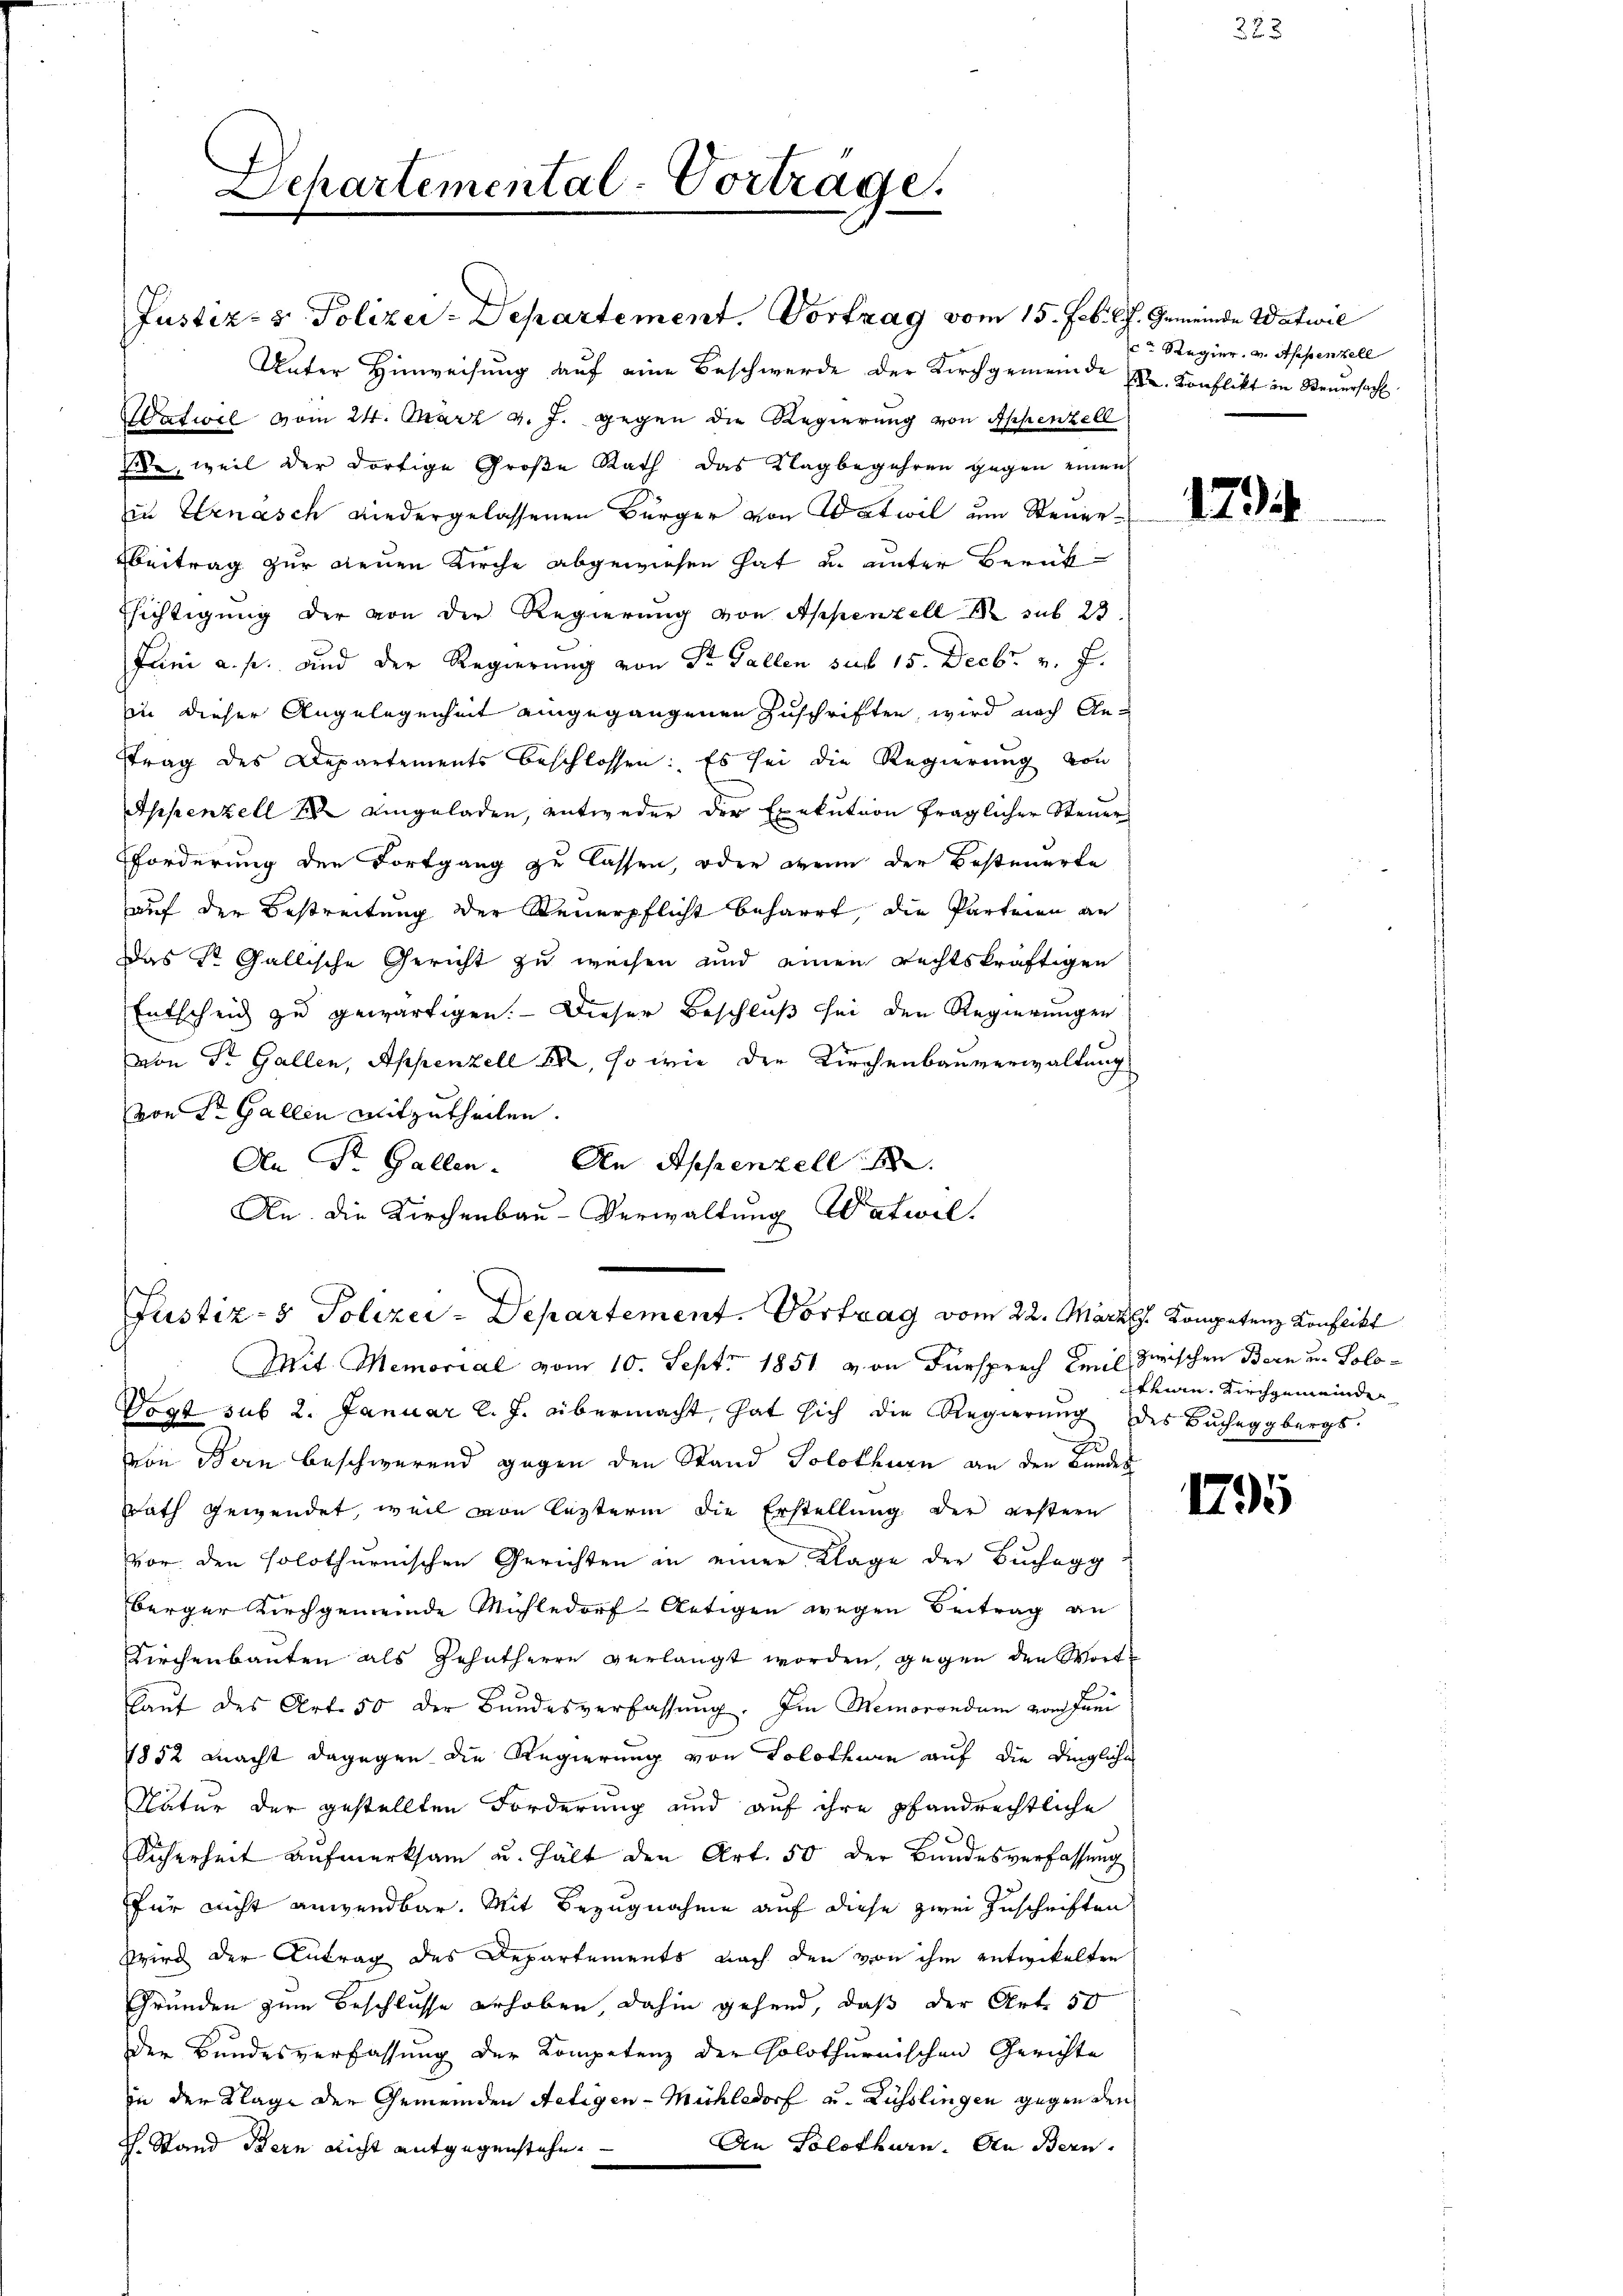
Departemental-Vorträge.

Unter Hinweisung auf eine Beschwerde der Kirchgemeinde u. Konflikt in Steuersach
Hafwil vom 24. März v. J. gegen die Regierung von Appenzell
de, weil der dortige Große Rath das Klagbegehren gegen einen
in Ernasch wiedergelassenen Bürger von Watwil um Steuer¬
Beitrag zur Neuen Kirche abgewiesen hat u. unter Berückssichtigung der von der Regierung von Appenzell M. sub 23
Juni a. p. und der Regierung von Dr. Gallen sub 15. Decbr. v. J.
in dieser Angelegenheit eingegangenen Zuschriften, wird nach An-
ttrag des Departements beschlossen: Es sei die Regierung von
Appenzell eingeladen, entweder der Exekution fraglicher Steuer
Forderung der Fortgang zu lassen, oder wenn der Besteuerte
auf den Bestreitung der Steuerpflicht beharrt, die Parteien an
Das Sr. Gallische Gericht zu weisen und einen rechtskräftigen
Entscheid zu gewärtigen. - Dieser Beschluß sei den Regierungen
von Dr. Gallen, Appenzell 88, so wie der Kirchenbauverwaltung
von Sr. Gallen mitzutheilen.
An Dr. Gallen. An Appenzell
An die Kirchenbau-Verwaltung Watwil
Justiz- & Polizei-Departement. Vortrag vom 22. März. Kompetenz Konflikt
Mit Memorial vom 10. Sept. 1851 von Fürsprach Emil zwischen Bern u. Solo¬
Vogt sub 2. Januar l. J. übermacht, hat sich die Regierung des Bucheggbergs-
r
von Bern beschwerend gegen den Stand Solothurn an den Bundes
Rath gewendet, weil von lezterm die Erstellung der erstern
vor den solothurnischen Gerichten in einer Klage der Buchegg
berger Kirchgemeinde Mühledorf Artigen wegen Beitrag an
Kirchenbauten als Zehntherrn verlangt worden, gegen den Wortlaut des Art. 50 der Bundesverfassung. Im Memorondum vom Juni
1852 macht dagegen die Regierung von Solothurn auf die Dingliche
Natur der gestellten Forderung und auf ihre pfandrechtliche
Sicherheit aufmerksam u. hält den Art. 50 der Bundesverfassung
für nicht anwendbar. Mit Bezugnahme auf diese zwei Zuschriften
Wird der Antrag des Departements nach den von ihm entwickelten
Gründen zum Beschlusse erhoben, dahin gehend, daß der Art. 50
Der Bundesverfassung der Kompetenz der Colothurnischen Gerichte
in der Klage der Gemeinden Aetigen-Mühledorf u. Lüsslingen gegen den
An Solothurn. An Bern.
H. Stand Bern nicht entgegenstehen.

Justiz- & Polizei-Departement. Vortrag vom 15. Febr. l. J. Gemeinde Watwil

cr Regier, v. Appenzell

179

krian Kirchgemeinde

1795